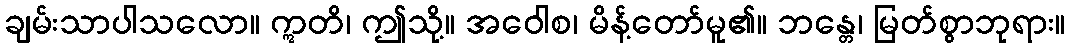
ချမ်းသာပါသလော။ ဣတိ၊ ဤသို့။ အဝေါစ၊ မိန့်တော်မူ၏။ ဘန္တေ၊ မြတ်စွာဘုရား။